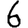
Digit: 6